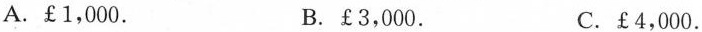
A.f1,000. B.f3,000. C.f4,000.